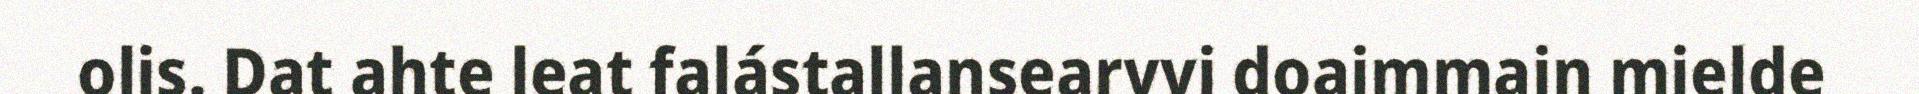
olis. Dat ahte leat falástallansearvvi doaimmain mielde